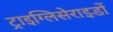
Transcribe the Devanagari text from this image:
ट्राइग्लिसेराइडों